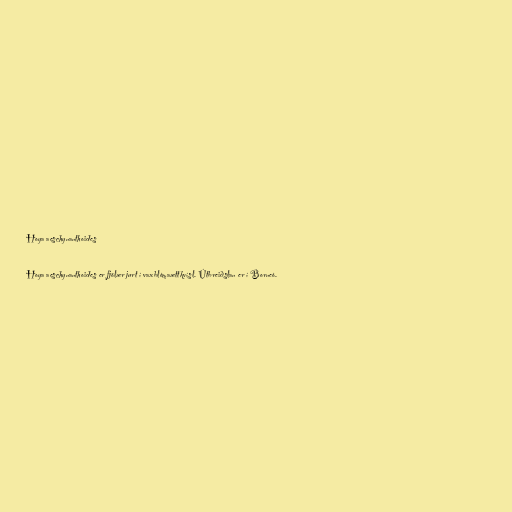
Hoya aeschynanthoides

Hoya aeschynanthoides er fjölær jurt í vaxblómaættkvísl. Útbreiðslan er í Borneó.